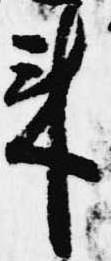
来